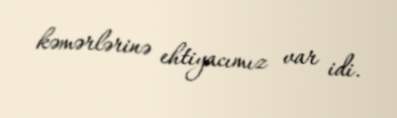
kəmərlərinə ehtiyacımız var idi.